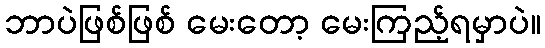
ဘာပဲဖြစ်ဖြစ် မေးတော့ မေးကြည့်ရမှာပဲ။